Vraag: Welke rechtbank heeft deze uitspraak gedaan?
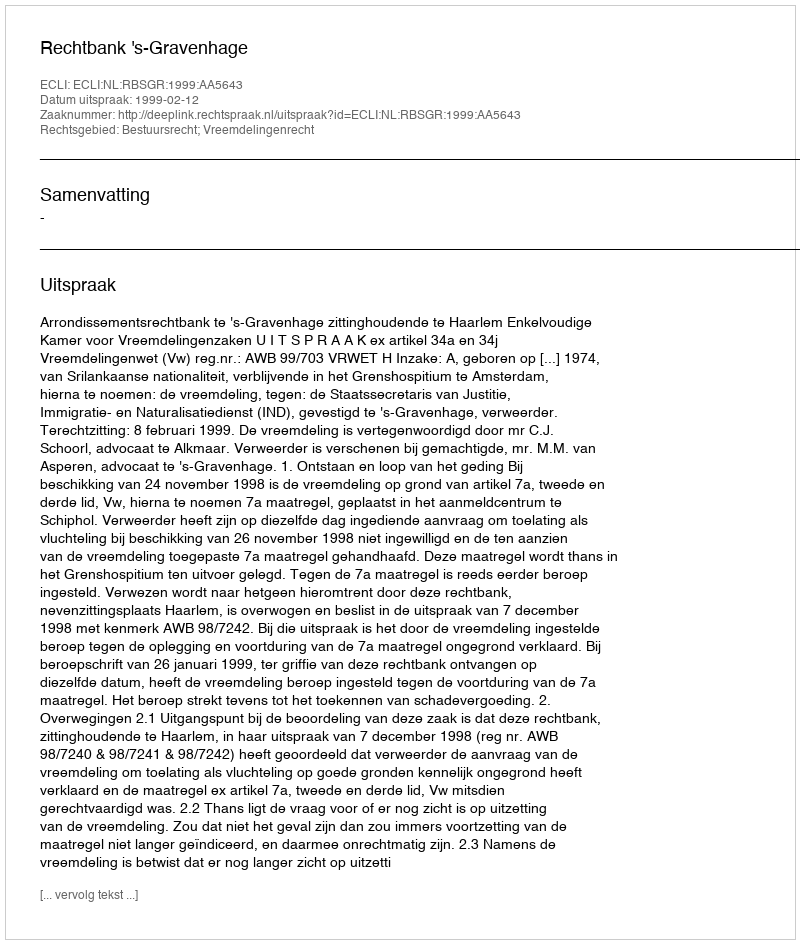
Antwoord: Rechtbank 's-Gravenhage